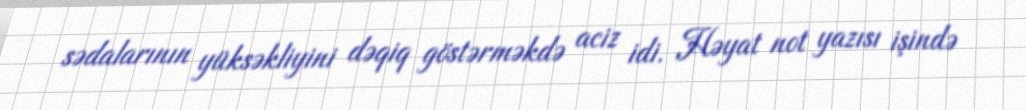
sədalarının yüksəkliyini dəqiq göstərməkdə aciz idi. Həyat not yazısı işində